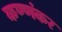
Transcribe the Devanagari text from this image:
कण्णंकर